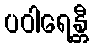
ပဝါရေန္တီ